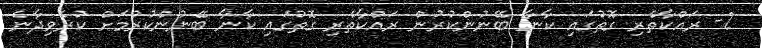
2- ރައްކާތެރި ގޮތުގައި ކާނާ ބޭނުންކުރުން ރައްކާތެރި ގޮތުގައި ކާނާ ބޭނުންކުރުމަށް ކުރެވިދާނެ